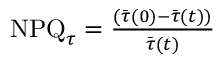
\begin{array} { r } { \mathrm { N P Q } _ { \tau } = \frac { ( \bar { \tau } ( 0 ) - \bar { \tau } ( t ) ) } { \bar { \tau } ( t ) } } \end{array}